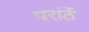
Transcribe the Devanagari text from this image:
परांठें